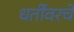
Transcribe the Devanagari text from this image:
धर्तीवरचे